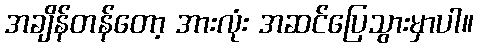
အချိန်တန်တော့ အားလုံး အဆင်ပြေသွားမှာပါ။